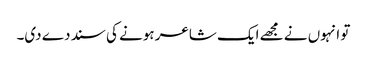
تو انہوں نے مجھے ایک شاعر ہونے کی سند دے دی۔